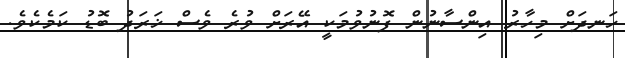
ހަނދަށް މިހާރު އިންސާނުން ފޮނުވުމަކީ އޭރަށް ވުރެ ވެސް ޚަރަދު ބޮޑު ކަމެކެވެ.